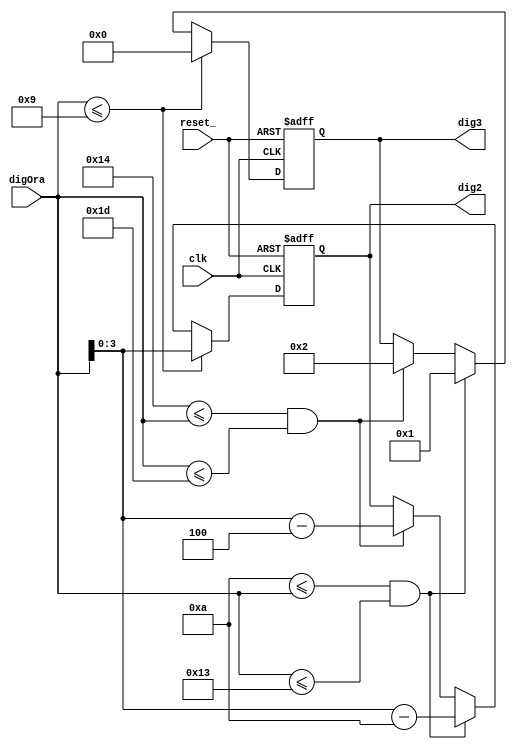
module divMod_O(clk,reset_,digOra,dig2,dig3);



//------------input signals-------------
input clk;
input reset_;

input [4:0]digOra;

//------------ouput signals-------------
output [3:0]dig2;
output [3:0]dig3;


reg [3:0] dig22_ff, dig22_nxt;
reg [3:0] dig33_ff, dig33_nxt;



assign dig2=dig22_ff;
assign dig3=dig33_ff;




always @(*)  
	begin
	dig22_nxt = dig22_ff;
	dig33_nxt = dig33_ff;
 
	if(digOra <= 9) //  | digOra <= 9
		begin
			dig22_nxt = digOra;
			dig33_nxt = 0;
		end
	else if((10 <= digOra) && (digOra <= 19)) // | 10 <= digOra <= 19
		begin
			dig22_nxt = digOra - 10;
			dig33_nxt = 1;
		end
	else if ((20 <= digOra) && (digOra <= 29)) //  | 20 <= digOra <= 29 
		begin
			dig22_nxt = digOra - 20;
			dig33_nxt = 2;
		end
	end
		

always@(posedge clk or negedge reset_)
	begin
		if(~reset_)
			begin
				dig22_ff <= 4'b0;
				dig33_ff <= 4'b0;
			
			end
		else
			begin
				dig22_ff <= dig22_nxt;
			    dig33_ff <= dig33_nxt;
			   
			end
	
	end



endmodule